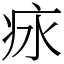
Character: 㽷